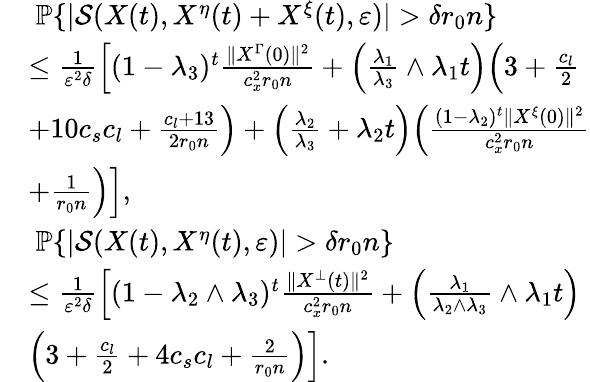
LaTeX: \begin{array}{rl}&{~\mathbb{P}\{ |\mathcal{S}(X(t),X^{\eta}(t)+X^{\xi}(t),\varepsilon)|>\delta r_{0}n\} }\\ &{\le\frac{1}{\varepsilon^{2}\delta}\Big[(1-\lambda_{3})^{t}\frac{\| X^{\Gamma}(0)\| ^{2}}{c_{x}^{2}r_{0}n}+\Big(\frac{\lambda_{1}}{\lambda_{3}}\wedge\lambda_{1}t\Big)\Big(3+\frac{c_{l}}{2}}\\ &{+10c_{s}c_{l}+\frac{c_{l}+13}{2r_{0}n}\Big)+\Big(\frac{\lambda_{2}}{\lambda_{3}}+\lambda_{2}t\Big)\Big(\frac{(1-\lambda_{2})^{t}\| X^{\xi}(0)\| ^{2}}{c_{x}^{2}r_{0}n}}\\ &{+\frac{1}{r_{0}n}\Big)\Big],}\\ &{~\mathbb{P}\{ |\mathcal{S}(X(t),X^{\eta}(t),\varepsilon)|>\delta r_{0}n\} }\\ &{\le\frac{1}{\varepsilon^{2}\delta}\Big[(1-\lambda_{2}\wedge\lambda_{3})^{t}\frac{\| X^{\bot}(t)\| ^{2}}{c_{x}^{2}r_{0}n}+\Big(\frac{\lambda_{1}}{\lambda_{2}\wedge\lambda_{3}}\wedge\lambda_{1}t\Big)}\\ &{\Big(3+\frac{c_{l}}{2}+4c_{s}c_{l}+\frac{2}{r_{0}n}\Big)\Big].}\end{array}